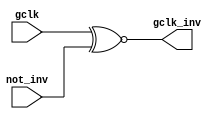
module m14k_clockxnorgate(
	gclk_inv,
	gclk,
	not_inv);


   output gclk_inv;
   input  gclk;
   input  not_inv;

// BEGIN Wire declarations made by MVP
wire gclk_inv;
// END Wire declarations made by MVP


   // This module never gets flattend and must always map to an xnor-gate.
   
   assign gclk_inv = gclk ~^ not_inv;
   
endmodule